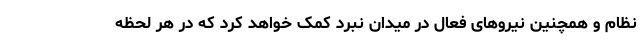
نظام و همچنین نیروهای فعال در میدان نبرد کمک خواهد کرد که در هر لحظه